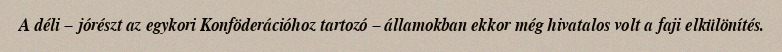
A déli – jórészt az egykori Konföderációhoz tartozó – államokban ekkor még hivatalos volt a faji elkülönítés.